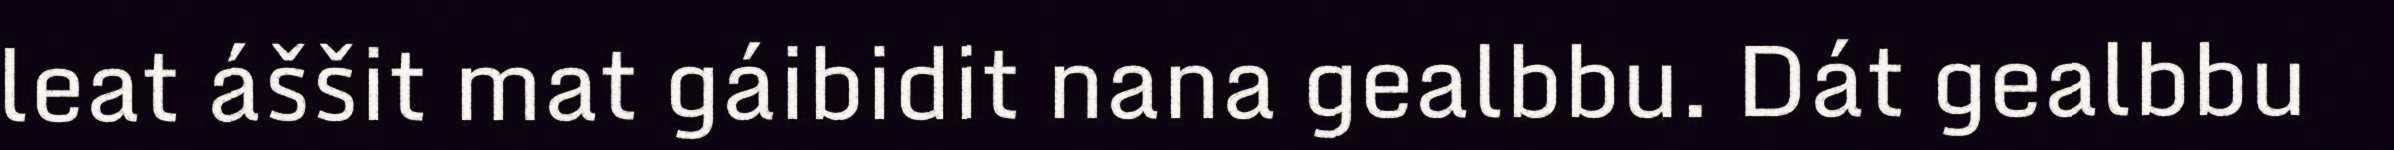
leat áššit mat gáibidit nana gealbbu. Dát gealbbu